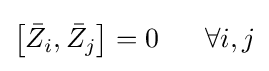
\left[{\bar {Z}}_{i},{\bar {Z}}_{j}\right]=0\ \ \ \ \ \forall i,j